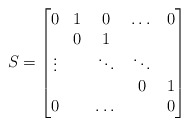
\begin{align*}S=\begin{bmatrix}0 & 1 & 0 & \dots & 0 \\ & 0 & 1 & & \\\vdots & & \ddots &\ddots& \\ &&& 0& 1 \\0 &&\dots&& 0 \end{bmatrix}\end{align*}